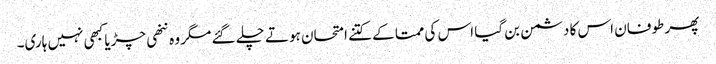
پھر طوفان اس کا دشمن بن گیا اس کی ممتا کے کتنے امتحان ہوتے چلے گئے مگر وہ ننھی چڑیا کبھی نہیں ہاری۔